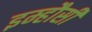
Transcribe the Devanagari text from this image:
इम्हौसी